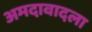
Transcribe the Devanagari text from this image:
अमदावादला